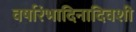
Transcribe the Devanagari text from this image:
वर्षारंभादिनादिवशी